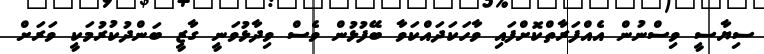
ސިޔާސީ ވިސްނުން އެއްފަރާތްކޮށްފައި ވާހަކަދައްކަވާ ބޭފުޅުން ވެސް ވިދާޅުވަނީ ގާޒީ ބަންދުކުރުމަކީ ވަރަށް